Vaccination in the Punjab 1867-1880 - 1867-1880
Year: 1867
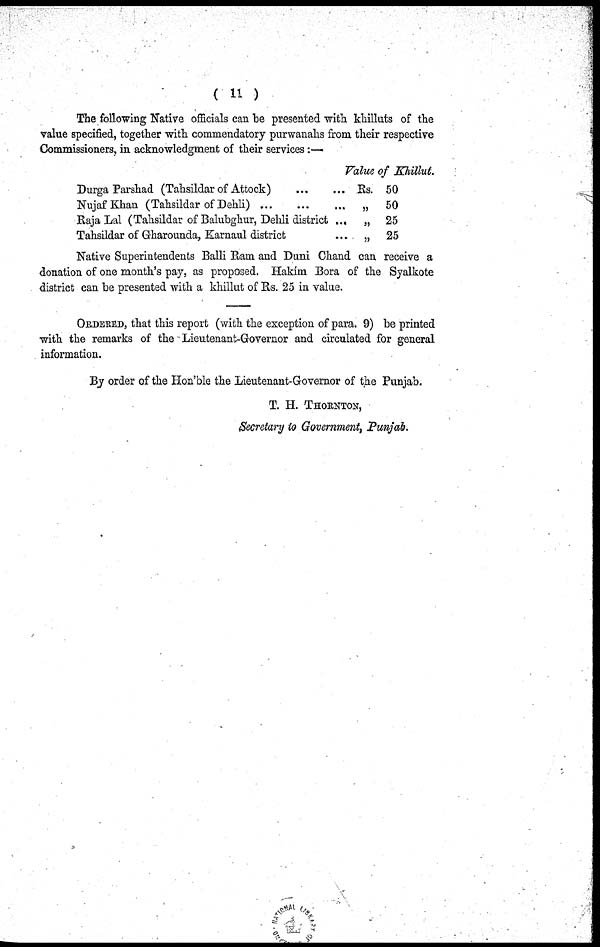
( 11 )
The following Native officials can be presented with khilluts of the
value specified, together with commendatory purwanahs from their respective
Commissioners, in acknowledgment of their services:—
Durga Parshad (Tahsildar of Attock)
...
...
Nujaf Khan (Tahsildar of Dehli)
...
...
...
Raja Lal (Tahsildar of Balubghur, Dehli district ...
Tahsildar of Gharounda, Karnaul district ...
Value of Khillut.
Rs. 50
„
50
„ 25
„ 25
Native Superintendents Balli Ram and Duni Chand can receive a
donation of one month's pay, as proposed. Hakím Bora of the Syalkote
district can be presented with a khillut of Rs. 25 in value.
ORDERED, that this report (with the exception of para. 9) be printed
with the remarks of the Lieutenant-Governor and circulated for general
information.
By order of the Hon'ble the Lieutenant-Governor of the Punjab.
T. H. THORNTON,
Secretary to Government, Punjab.